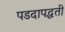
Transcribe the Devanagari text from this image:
पडदापद्धती